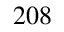
^ { 2 0 8 }